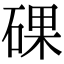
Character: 䂺